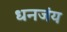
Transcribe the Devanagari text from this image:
धनजंय